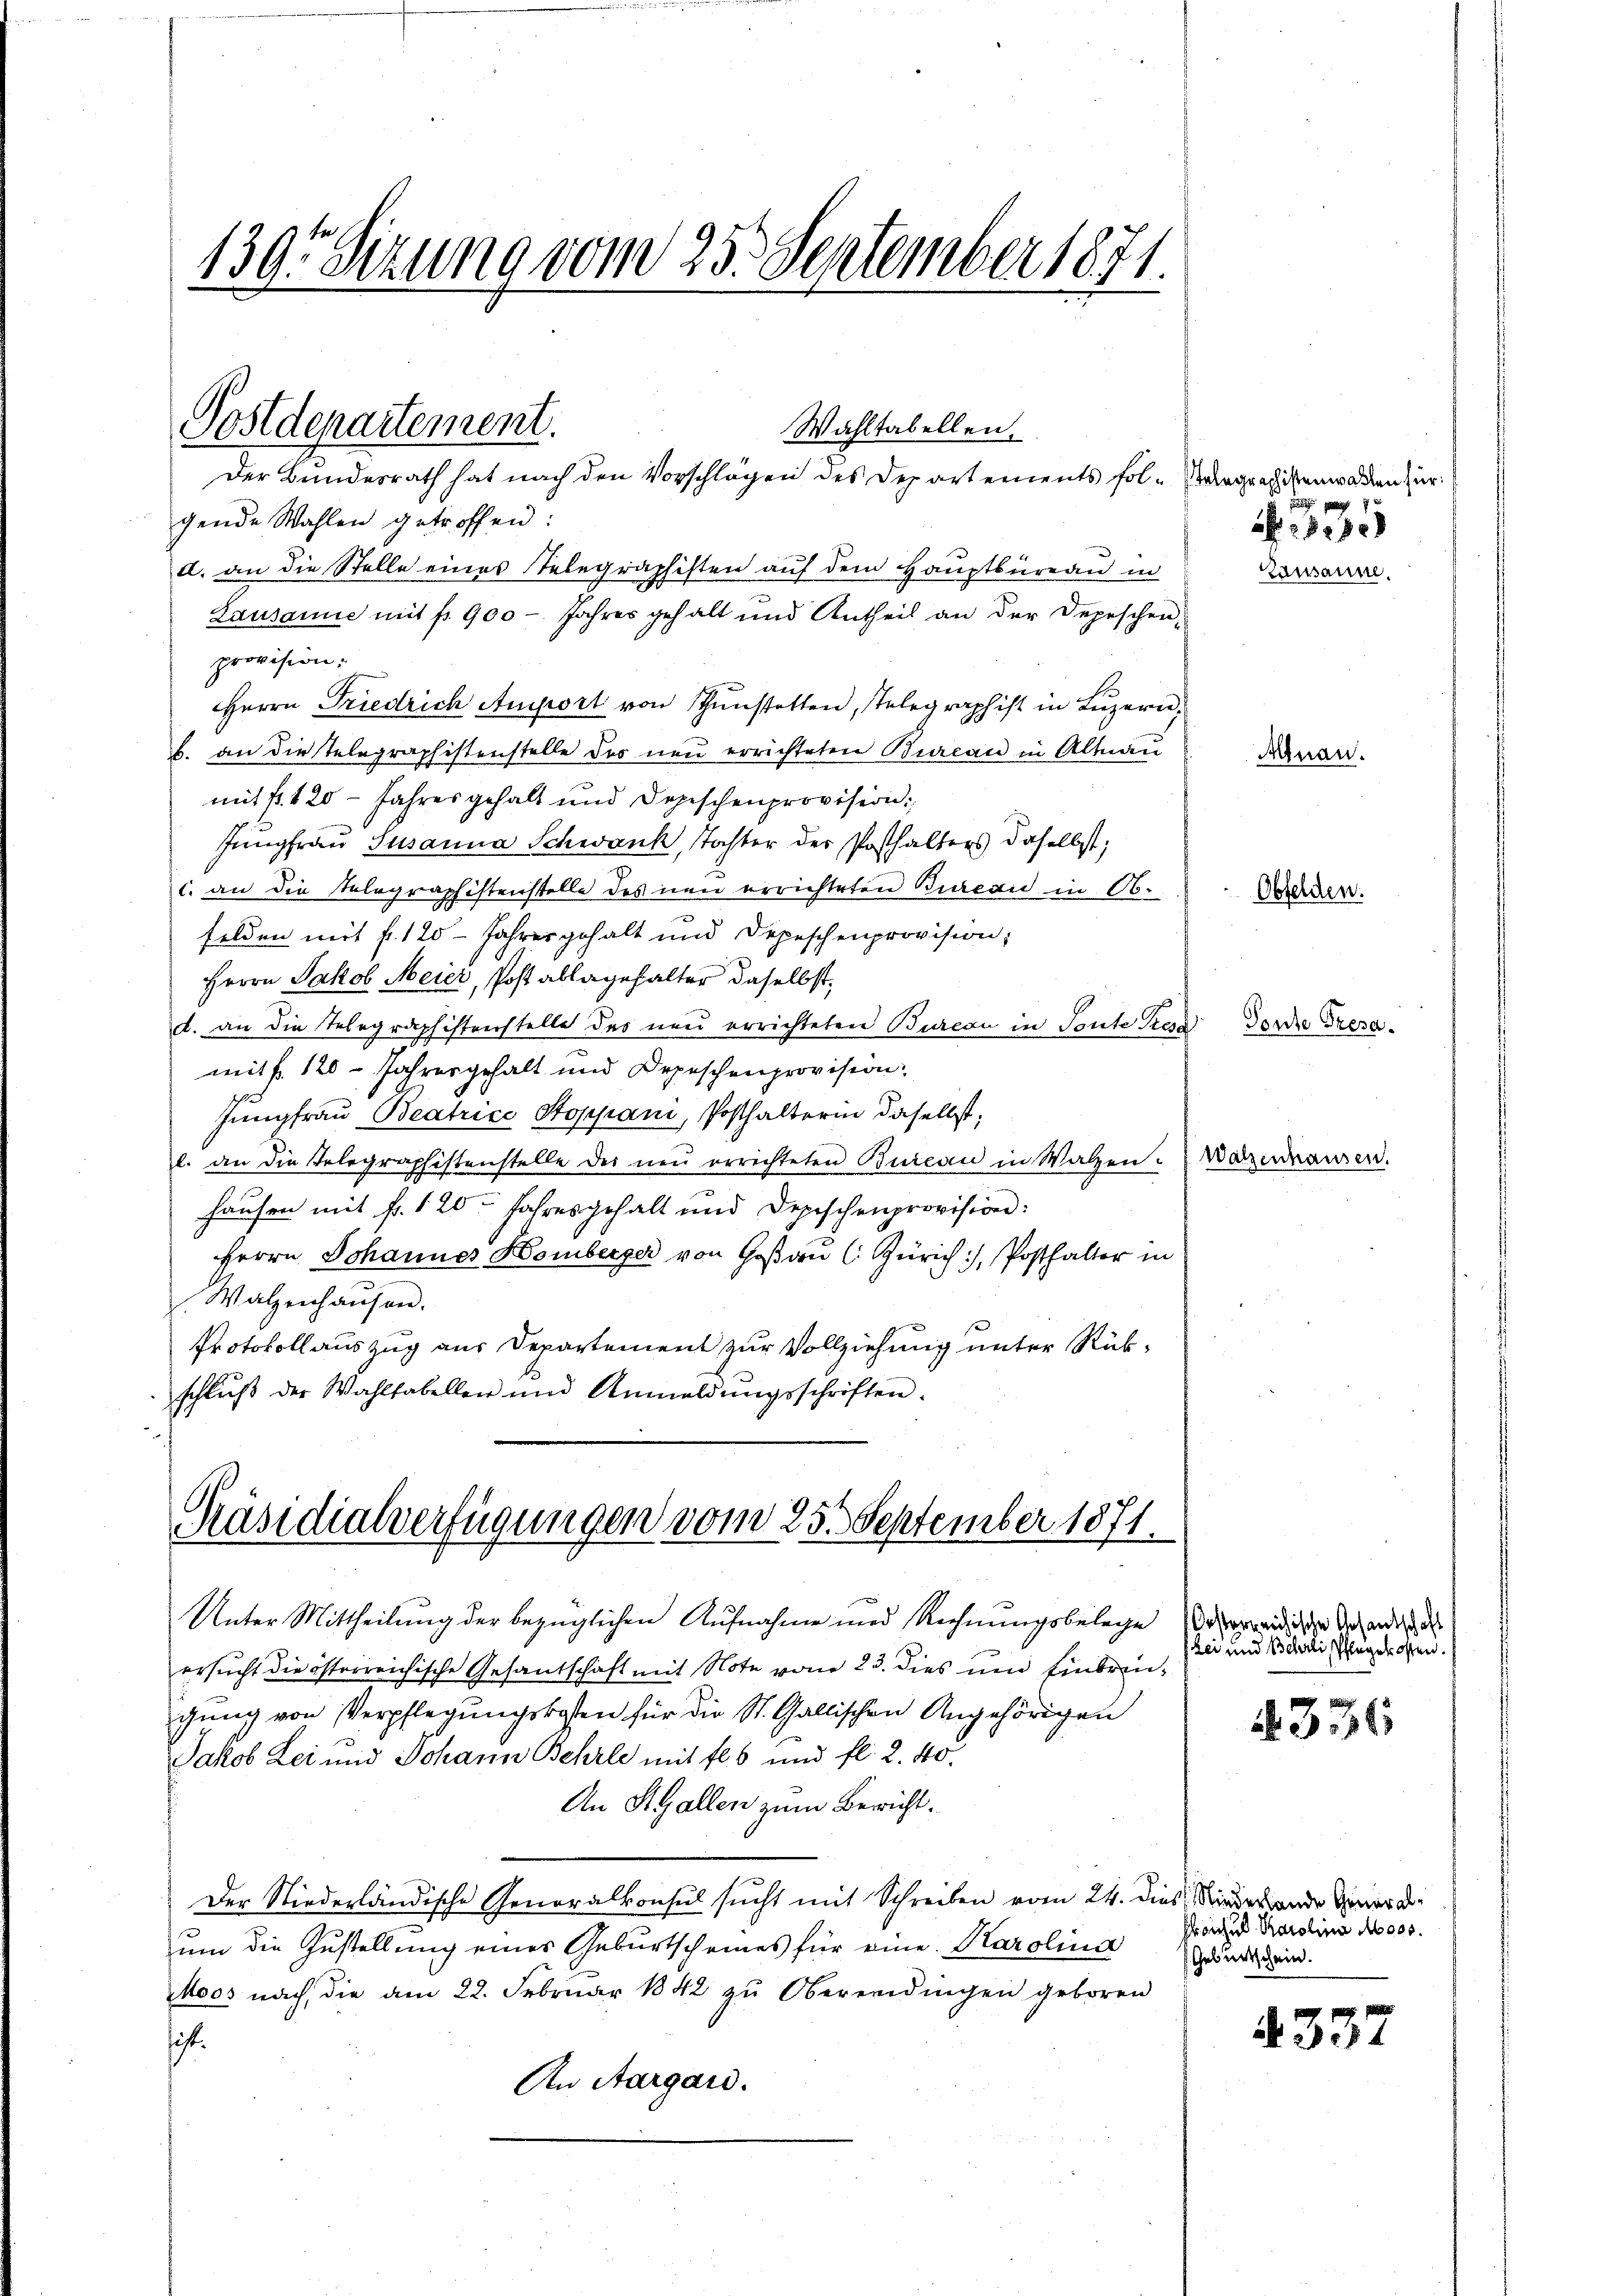
139. Sizung vom 25. September 1871.

Postdepartement.
Wahltabellen.
Der Bundesrath hat nach den Vorschlägen des Departements fol-Vergragikenwarten zur

gende Wahlen getroffen:
d. an die Stelle eines Telegraphisten auf dem Hauptbüreau in
Lausanne mit p. 900 - Jahres gehalt und Antheil an der Depeschen,
provision:
Herrn Friedrich Amort von Thunstetten, stelegraph ist in Luzern,
b. an die Telegraphistenstelle des neu errichteten Bureau in Altnau
mit fr. 420 - Jahres gehalt und Depischenprovision:
Jungfrau Susanna Schwank, Tochter der Posthalters daselbst;
c. an die Telegraphistenstelle des neu errichteten Bureau in Obfelden mit f. 120 Jahresgehalt und Depeschenprovision;
Herrn Jakob Meier, Post ablagehalter daselbst.
d. an die Telegraphistenstelle des neu errichteten Bureau in Toute Ster
mit f. 120 - Jahresgehalt und Depeschenprovision:
Jungfrau Beatrice Stoppani, Posthalterin daselbst,
l. an die Telegraphistenstelle des neu errichteten Bureau in Walzen. Waizenhausen.
hausen mit fr. 120 Jahresgehalt und Depischenprovision:
Herrn Johannes Homberger von Goßau (Zürich, Posthalter in
Walzenhausen.
Protokoll auszug aus Departement zur Vollziehung unter Rükschlŭβ der Wahlfabellen und Anmeldŭngsschriften.

Präsidialverfügungen vom 25. September 1871.

Unter Mittheilung der bezüglichen Aufnahme und Rechnungsbelege
ersucht die österreichische Gesantschaft mit Note vom 23. dies und Einbringung von Verpflegungskosten für die St. Gallischen Angehörigen
Jakob Lei und Johann Behrle mit fl. 6 und fl. 2. 40.
An St. Gallen zum Bericht.
Der Niederländische Generalkonsul sucht mit Schreiben vom 24. dies Nieder ande Gener d
um die Zustellung eines Geburtscheines für eine Karolina
Moos nach die am 22. Februar 1842 zŭ Oberendingen geboren
sit.
An Aargau.

35
Zausanne.

Anau.

Obfelden.

Ponte Presa

Oesterreichische Gesandschaft
Lei und Belerli, Pflegekosten.

336

Froschul Parolina Moos.
Geburtschein.

4337